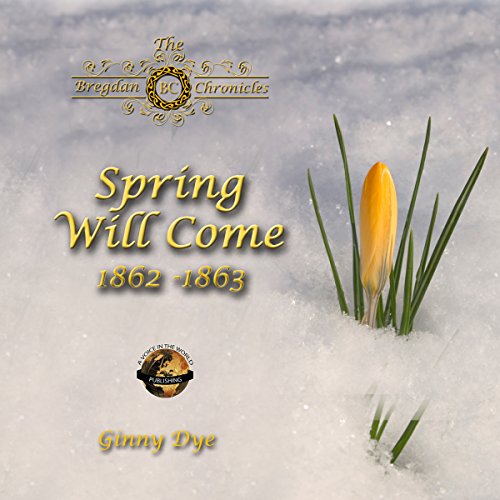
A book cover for Spring Will Come: The Bregdan Chronicles, Book 3; Ginny Dye; Literature & Fiction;